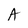
Character: A